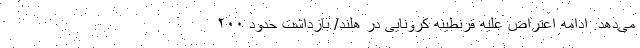
می‌دهد. ادامه اعتراض علیه قرنطینه کرونایی در هلند/ بازداشت حدود ۲۰۰